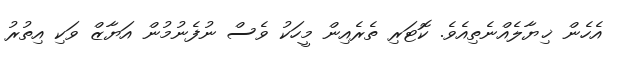
އެހެން ޚިޔާލެއްނެތިއެވެ. ކޮޓަރި ތެރެއިން މީހަކު ވެސް ނުފެނުމުން އަޔާޒް ވަކި އިތުރު